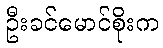
ဦးခင်မောင်စိုးက